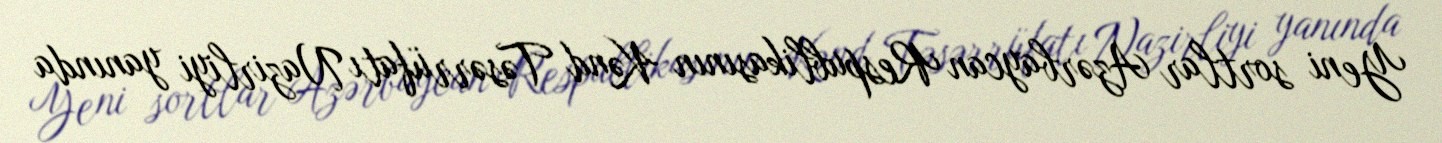
Yeni sortlar Azərbaycan Respublikasının Kənd Təsərrüfatı Nazirliyi yanında